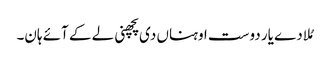
مُلا دے یار دوست اوہناں دی پچھنی لے کے آئے ہان۔